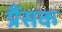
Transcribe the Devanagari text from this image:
प्रैंसक